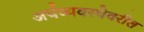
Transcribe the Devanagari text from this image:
अर्थव्यवस्थेवरील